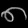
Digit: ၈